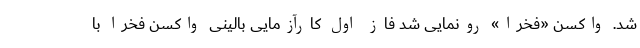
شد. واکسن «فخرا» رونمایی شد فاز اول کارآزمایی بالینی واکسن فخرا با